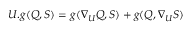
U . g ( Q , S ) = g ( \nabla _ { U } Q , S ) + g ( Q , \nabla _ { U } S )